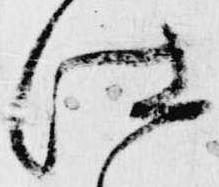
仕